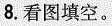
8.看图填空。